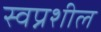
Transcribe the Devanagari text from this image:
स्वप्नशील